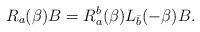
LaTeX: \begin{align*}R_{a}(\beta )B=R_{a}^{b}(\beta )L_{\bar{b}}(-\beta )B.\end{align*}